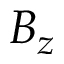
B _ { z }